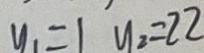
y _ { 1 } = 1 y _ { 2 } = 2 2